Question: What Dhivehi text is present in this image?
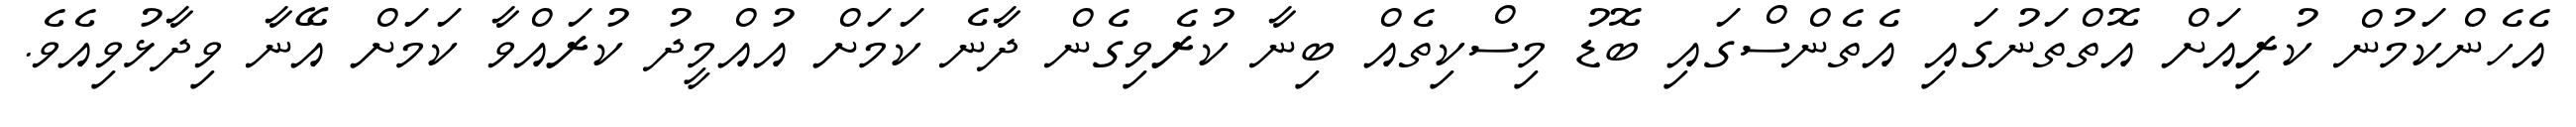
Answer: އެހެންކަމުން ކުރިއަށް އޮތްތަނުގައި އެތެންސްގައި ބޮޑު މިސްކިތެއް ބިނާ ކުރެވިގެން ދާނެ ކަމަށް އުއްމީދު ކުރައްވާ ކަމަށް އޭނާ ވިދާޅުވިއެވެ.